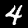
Digit: 4